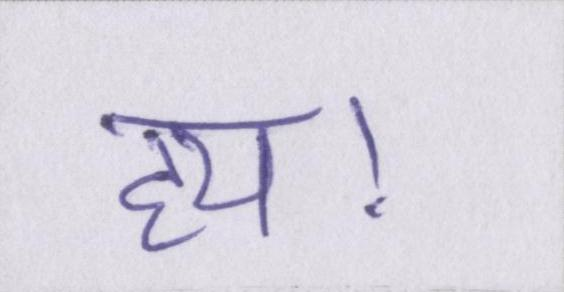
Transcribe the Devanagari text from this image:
हय।